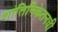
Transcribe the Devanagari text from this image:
शांतिनिकेतनची